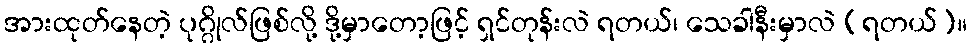
အားထုတ်နေတဲ့ ပုဂ္ဂိုလ်ဖြစ်လို့ ဒို့မှာတော့ဖြင့် ရှင်တုန်းလဲ ရတယ်၊ သေခါနီးမှာလဲ (ရတယ်)။